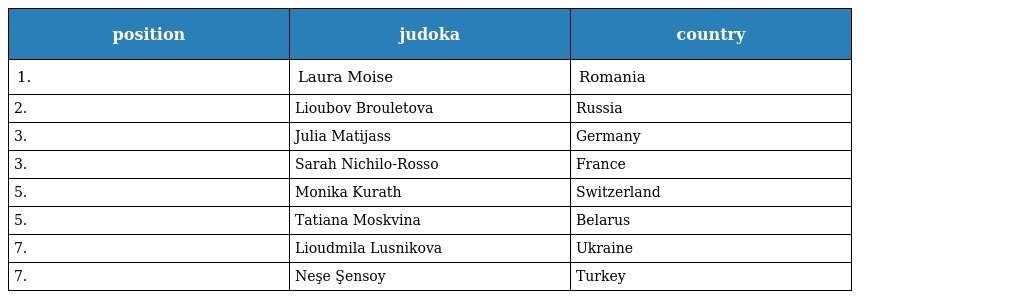
| position | judoka | country |
 | --- | --- | --- |
 | 1. | Laura Moise | Romania |
 | 2. | Lioubov Brouletova | Russia |
 | 3. | Julia Matijass | Germany |
 | 3. | Sarah Nichilo-Rosso | France |
 | 5. | Monika Kurath | Switzerland |
 | 5. | Tatiana Moskvina | Belarus |
 | 7. | Lioudmila Lusnikova | Ukraine |
 | 7. | Neşe Şensoy | Turkey |